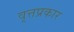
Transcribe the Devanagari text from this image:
वृत्तप्रकार